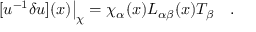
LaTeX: [ u ^ { - 1 } \delta u ] ( x ) \big | _ { \chi } = { \chi _ { \alpha } ( x ) } L _ { \alpha \beta } ( x ) T _ { \beta } \quad .